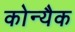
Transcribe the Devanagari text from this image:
कोन्यैक